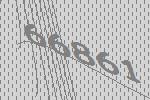
66861